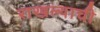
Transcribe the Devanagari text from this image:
राखल्याची